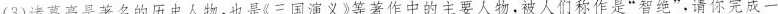
(3)诸葛亮是著名的历史人物，也是《三国演义》等著作中的主要人物，被人们称作是”智绝”，请你完成一